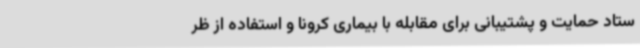
ستاد حمایت و پشتیبانی برای مقابله با بیماری کرونا و استفاده از ظر